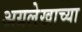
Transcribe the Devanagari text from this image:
अग्रलेखाच्या